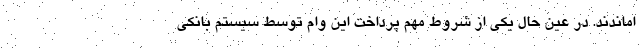
اماندند. در عین حال یکی از شروط مهم پرداخت این وام توسط سیستم بانکی